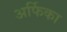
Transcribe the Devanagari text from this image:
अर्फिका